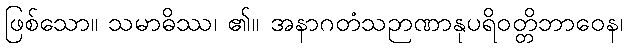
ဖြစ်သော။ သမာဓိဿ၊ ၏။ အနာဂတံသဉာဏာနုပရိဝတ္တိဘာဝေန၊